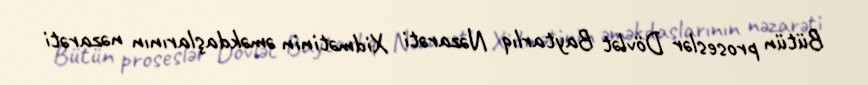
Bütün proseslər Dövlət Baytarlıq Nəzarəti Xidmətinin əməkdaşlarının nəzarəti